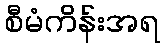
စီမံကိန်းအရ